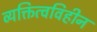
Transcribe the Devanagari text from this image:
व्यक्तित्वविहीन